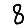
Digit: 8